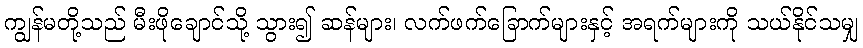
ကျွန်မတို့သည် မီးဖိုချောင်သို့ သွား၍ ဆန်များ၊ လက်ဖက်ခြောက်များနှင့် အရက်များကို သယ်နိုင်သမျှ